Papers set at the Examination for Leaving Certificates, 1890
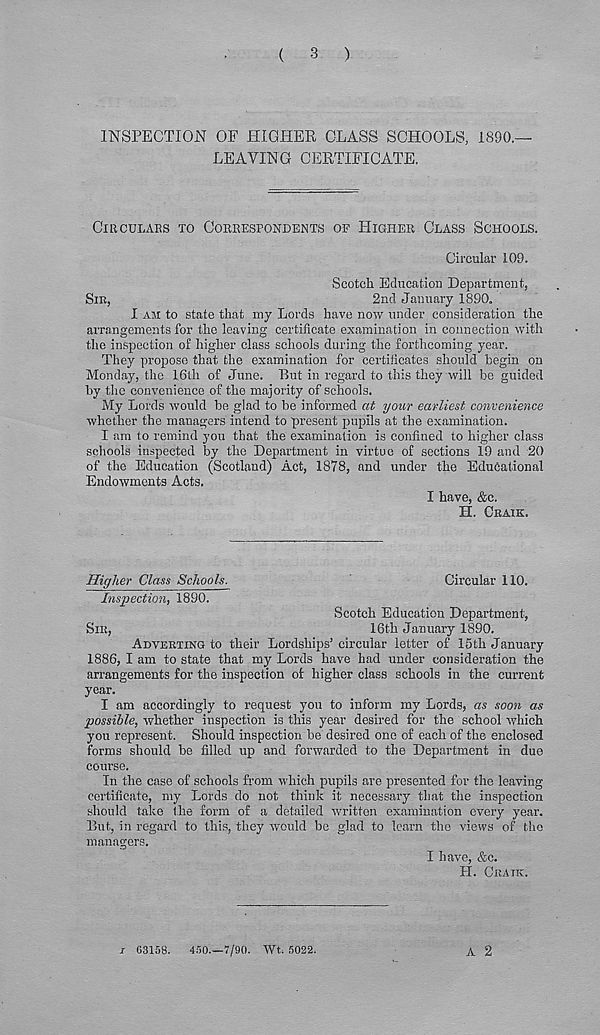
(
3
)
INSPECTION OF HIGHER CLASS SCHOOLS, 1890.—
LEAVING CERTIFICATE.
ClBCULABS TO CORRESPONDENTS OF HIGHER CLASS SCHOOLS.
Circular 109.
Scotch Education Department,
SIE,
2nd January 1890.
I AM to state that my Lords have now under consideration the
arrangements for the leaving certificate examination in connection with
the inspection of higher class schools during the forthcoming year.
They propose that the examination for certificates should begin on
Monday, the 16th of June. But in regard to this they will be guided
by the convenience of the majority of schools.
My Lords would be glad to be informed at your earliest convenience
whether the managers intend to present pupils at the examination.
I am to remind you that the examination is confined to higher class
schools inspected by the Department in virtue of sections 19 and 20
of the Education (Scotland) Act, 1878, and under the Educational
Endowments Acts.
I have, &c.
H. CRAIK.
Higher Class Schools.
Circular 110.
Inspection, 1890.
Scotch Education Department,
SIR,
16th January 1890.
ADVERTING to their Lordships’ circular letter of 15th January
1886, I am to state that my Lords have had under consideration the
arrangements for the inspection of higher class schools in the current
year.
I am accordingly to request you to inform my Lords, as soon as
possible, whether inspection is this year desired for the school which
you represent. Should inspection be desired one of each of the enclosed
forms should be filled up and forwarded to the Department in due
course.
In the case of schools from which pupils are presented for the leaving
certificate, my Lords do not think it necessary that the inspection
should take the form of a detailed written examination every year.
But, in regard to this, they would be glad to learn the views of the
managers.
I have, &c.
H. CRAIK.
A 2
i C3158.
450—7/90. Wt. 5022.